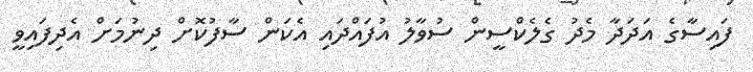
ފައިސާގެ އަދަދާ މެދު ގެލެކްސީން ސުވާލު އުފައްދައި އެކަން ސާފުކޮށް ދިނުމަށް އެދިފައިވީ